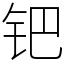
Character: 钯